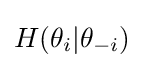
H(\theta _{i}|\theta _{-i})